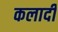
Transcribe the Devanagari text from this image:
कलादी